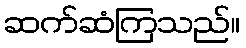
ဆက်ဆံကြသည်။